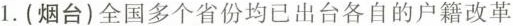
1. (烟台)全国多个省份均已出台各自的户籍改革